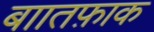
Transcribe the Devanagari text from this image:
बाातफ़ाक